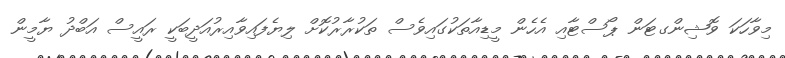
މިވާހަކަ ވޮޝިންގޓަން ޕޯސްޓާއި އެހެން މީޑިއާތަކުގައިވެސް ތަކުރާރުކޮށް ލިޔެފައިވާއިރުއަދީބަކީ ރައީސް އަބްދު ޔާމީން